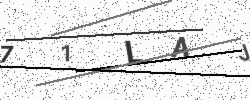
Text: 71LAJ